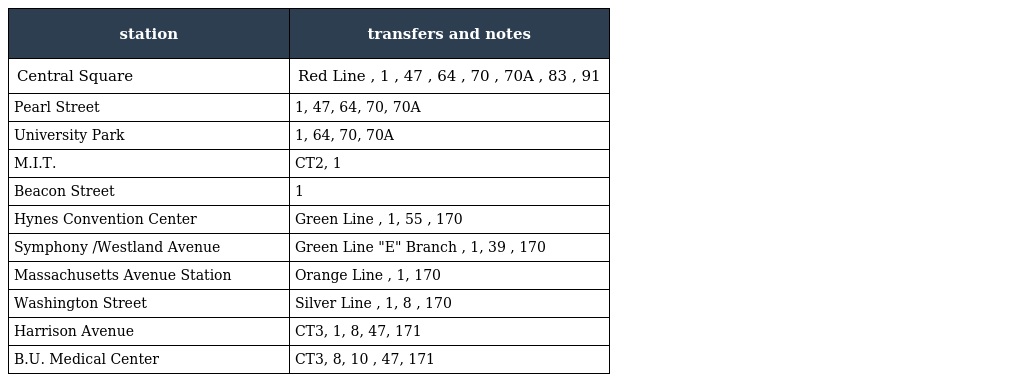
| station | transfers and notes |
 | --- | --- |
 | Central Square | Red Line , 1 , 47 , 64 , 70 , 70A , 83 , 91 |
 | Pearl Street | 1, 47, 64, 70, 70A |
 | University Park | 1, 64, 70, 70A |
 | M.I.T. | CT2, 1 |
 | Beacon Street | 1 |
 | Hynes Convention Center | Green Line , 1, 55 , 170 |
 | Symphony /Westland Avenue | Green Line "E" Branch , 1, 39 , 170 |
 | Massachusetts Avenue Station | Orange Line , 1, 170 |
 | Washington Street | Silver Line , 1, 8 , 170 |
 | Harrison Avenue | CT3, 1, 8, 47, 171 |
 | B.U. Medical Center | CT3, 8, 10 , 47, 171 |